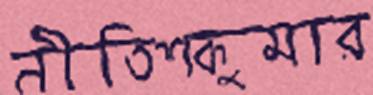
নীতিশকুমার